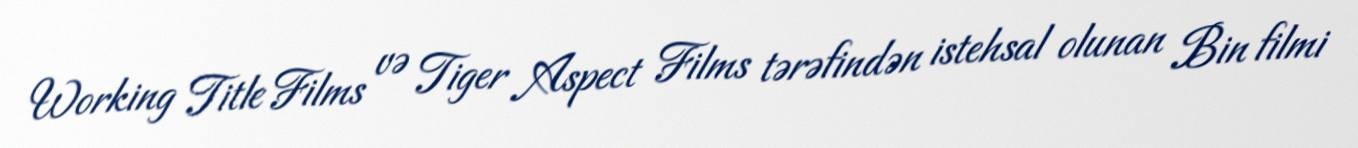
Working Title Films və Tiger Aspect Films tərəfindən istehsal olunan Bin filmi